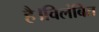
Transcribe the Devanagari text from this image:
है।विलंबित